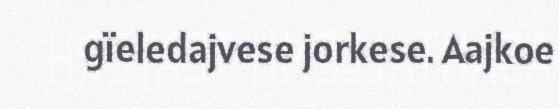
gïeledajvese jorkese. Aajkoe